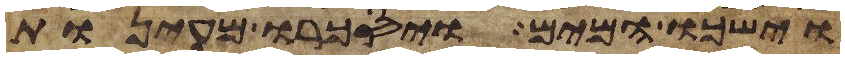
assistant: וישכו המים ויסכרו מעינות